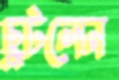
ছুটলেন